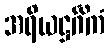
အရိယဋ္ဌင်္ဂိကံ